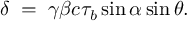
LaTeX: \delta \; = \; \gamma \beta c \tau _ { b } \sin { \alpha } \sin { \theta } .